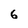
Character: 6